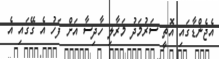
އެޖެންޑާގައި އޮތީ ސަރުމަދު މަރާލި ހާދިސާ އަށް ފަހު އެ ގޭގައި އެ